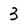
Character: 3